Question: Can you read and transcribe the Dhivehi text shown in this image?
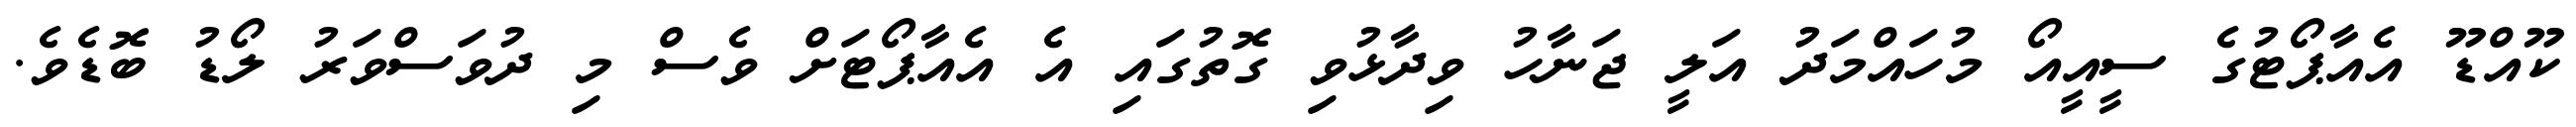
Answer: ކޫއްޑޫ އެއާޕޯޓުގެ ސީއީއޯ މުހައްމަދު އަލީ ޖަނާހު ވިދާޅުވި ގޮތުގައި އެ އެއާޕޯޓަށް ވެސް މި ދުވަސްވަރު ލޯޑު ބޮޑެވެ.